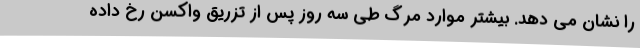
را نشان می دهد. بیشتر موارد مرگ طی سه روز پس از تزریق واکسن رخ داده